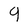
Character: 9